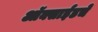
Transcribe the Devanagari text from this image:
ऑक्साईडचे